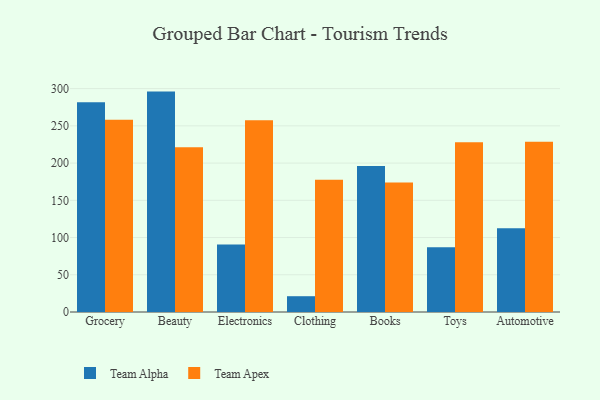
{"axis": {"x": "Category", "y": "Net Income (USD K)"}, "legend": ["Team Alpha", "Team Apex"], "data": [{"x": "Grocery", "y": 281.8, "type": "Team Alpha"}, {"x": "Grocery", "y": 258.3, "type": "Team Apex"}, {"x": "Beauty", "y": 296.0, "type": "Team Alpha"}, {"x": "Beauty", "y": 221.4, "type": "Team Apex"}, {"x": "Electronics", "y": 90.7, "type": "Team Alpha"}, {"x": "Electronics", "y": 257.5, "type": "Team Apex"}, {"x": "Clothing", "y": 21.2, "type": "Team Alpha"}, {"x": "Clothing", "y": 177.7, "type": "Team Apex"}, {"x": "Books", "y": 196.1, "type": "Team Alpha"}, {"x": "Books", "y": 173.9, "type": "Team Apex"}, {"x": "Toys", "y": 87.0, "type": "Team Alpha"}, {"x": "Toys", "y": 228.1, "type": "Team Apex"}, {"x": "Automotive", "y": 112.5, "type": "Team Alpha"}, {"x": "Automotive", "y": 228.5, "type": "Team Apex"}]}